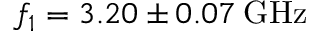
f _ { 1 } = 3 . 2 0 \pm 0 . 0 7 \: \mathrm { G H z }